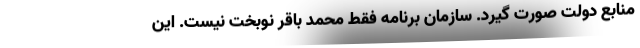
منابع دولت صورت گیرد. سازمان برنامه فقط محمد باقر نوبخت نیست. این